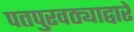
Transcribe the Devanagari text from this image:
पतपुरवठ्याद्वारे